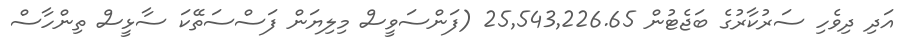
އަދި ދިވެހި ސަރުކާރުގެ ބަޖެޓުން 25